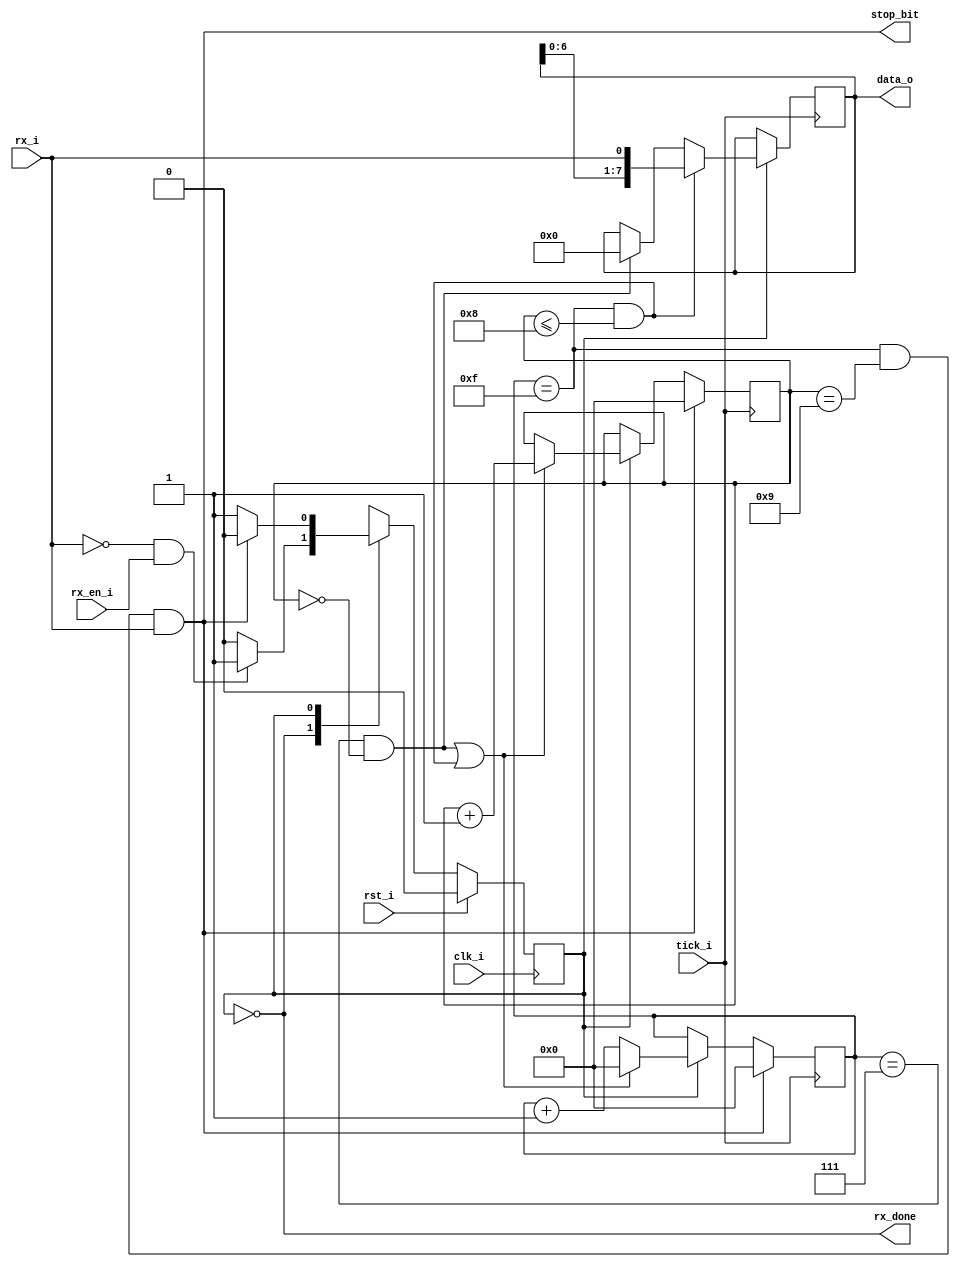
module UART_RX#(parameter N = 8)                            // N = packet size
    (
    /* PORTLIST */
    output reg [N-1:0]  data_o,
    output              rx_done,
                        stop_bit,

    
    input               rx_i,
                        rx_en_i,
                        tick_i, 
                        clk_i,
                        rst_i
    );

    parameter   IDLE    = 0,
                READING = 1; 
        
    initial     data_o  = 0;


    // Internal registers
    reg state   = IDLE;

    assign rx_done = ~state;

    /////////////////////// STATE Machine //////////////////////
    /*
        Controls state transitions
    */
    always @ (posedge clk_i) begin
        if(rst_i)
            state <= IDLE;
        else
            state <= next(rx_i, state, rx_en_i, stop_bit_cond);
    end

    /*
        Next state decision (combinational logic)
    */
    function next;
        input rx_i;
        input state;
        input rx_en_i;
        input stop_bit_cond;
        
        begin
            case(state)
                IDLE:       if(!rx_i & rx_en_i)     next = READING;     // first neg-edge
                            else                    next = IDLE;
                
                READING:    if(stop_bit_cond)       next = IDLE;
                            else                    next = READING;

                default:                            next = IDLE;
            endcase
        end
    endfunction 

    reg [3:0]           counter     = 0;
    reg [$clog2(N):0]    bitcount    = 0;

    /*
        rx_i        |``````````\......../````````\................/`````````\................/````````````````````````````````
                    |      |        |        |        |        |        |        |        |        |        |        |        |
                                start bit    D7       D6       D5       D4       D3       D2       D1       D0    stop bit
        
        bitcount    <      0        ><   1   ><   2   ><   3   ><   4   ><    5  ><   6   ><   7   ><   8   ><   9   ><   0   ><
    */

    wire start_bit_cond     = (counter == 7)    &   (bitcount == 0);
    wire data_bit_cond      = (counter == 15)   &   (bitcount <= N);
    wire stop_bit_cond      = (counter == 15)   &   (bitcount == N+1)    &    (rx_i);   

    assign stop_bit = stop_bit_cond;

    // counter
    always @ (posedge tick_i)begin
        if(state == READING) begin
            if(start_bit_cond | data_bit_cond)
                counter <= 0;

            else 
                counter <= counter +1;
        end
        if(stop_bit_cond)
                counter <= 0;        
    end

    // bitcount
    always @ (posedge tick_i)begin
        if(state == READING)begin
            if(start_bit_cond | data_bit_cond)
                bitcount <= bitcount+1;            
            
        end
        if(stop_bit_cond)
                bitcount <= 0;
    end

    // data_o
    always @ (posedge tick_i)begin
        if(state == READING)begin
            if(start_bit_cond)
                data_o <= 0;
            if(data_bit_cond)
                data_o <=  {data_o[6:0], rx_i};  //SAMPLING
        end
    end
    
endmodule